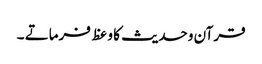
قرآن وحدیث کا وعظ فرماتے ۔